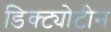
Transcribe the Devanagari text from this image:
डिक्ट्योटीन